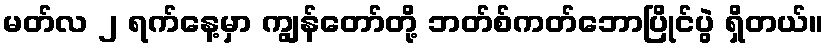
မတ်လ ၂ ရက်နေ့မှာ ကျွန်တော်တို့ ဘတ်စ်ကတ်ဘောပြိုင်ပွဲ ရှိတယ်။